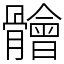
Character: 䯤